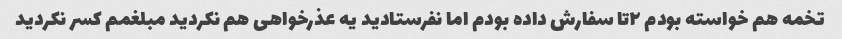
تخمه هم خواسته بودم ۲تا سفارش داده بودم اما نفرستادید یه عذرخواهی هم نکردید مبلغمم کسر نکردید